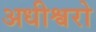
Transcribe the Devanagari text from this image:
अधीश्वरो